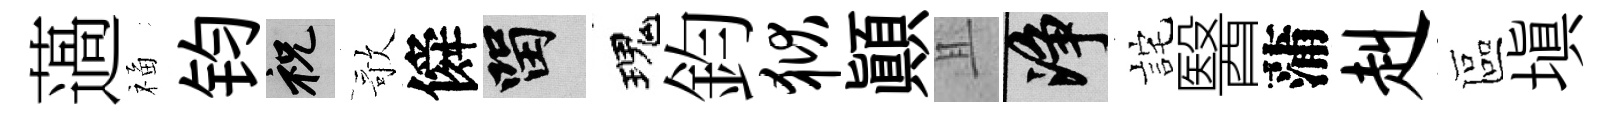
薖福钧祝歌僢留瑰鈞狱顚且净詫醫蒲赳區塡